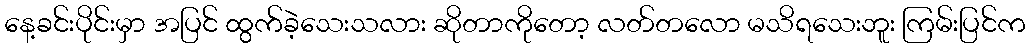
နေ့ခင်းပိုင်းမှာ အပြင် ထွက်ခဲ့သေးသလား ဆိုတာကိုတော့ လတ်တလော မသိရသေးဘူး ကြမ်းပြင်က